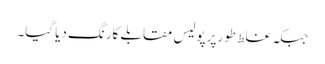
جبکہ غلط طورپر پولیس مقابلے کارنگ دیا گیا۔